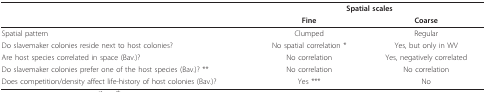
|  | <COLSPAN=2> Spatial scales |
 |  | Fine | Coarse |
 | --- | --- | --- |
 | Spatial pattern | Clumped | Regular |
 | Do slavemaker colonies reside next to host colonies? | No spatial correlation * | Yes, but only in WV |
 | Are host species correlated in space (Bav.)? | No correlation | Yes, negatively correlated |
 | Do slavemaker colonies prefer one of the host species (Bav.)? ** | No correlation | No correlation |
 | Does competition/density affect life-history of host colonies (Bav.)? | Yes *** | No |